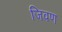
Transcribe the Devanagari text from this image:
जिवण